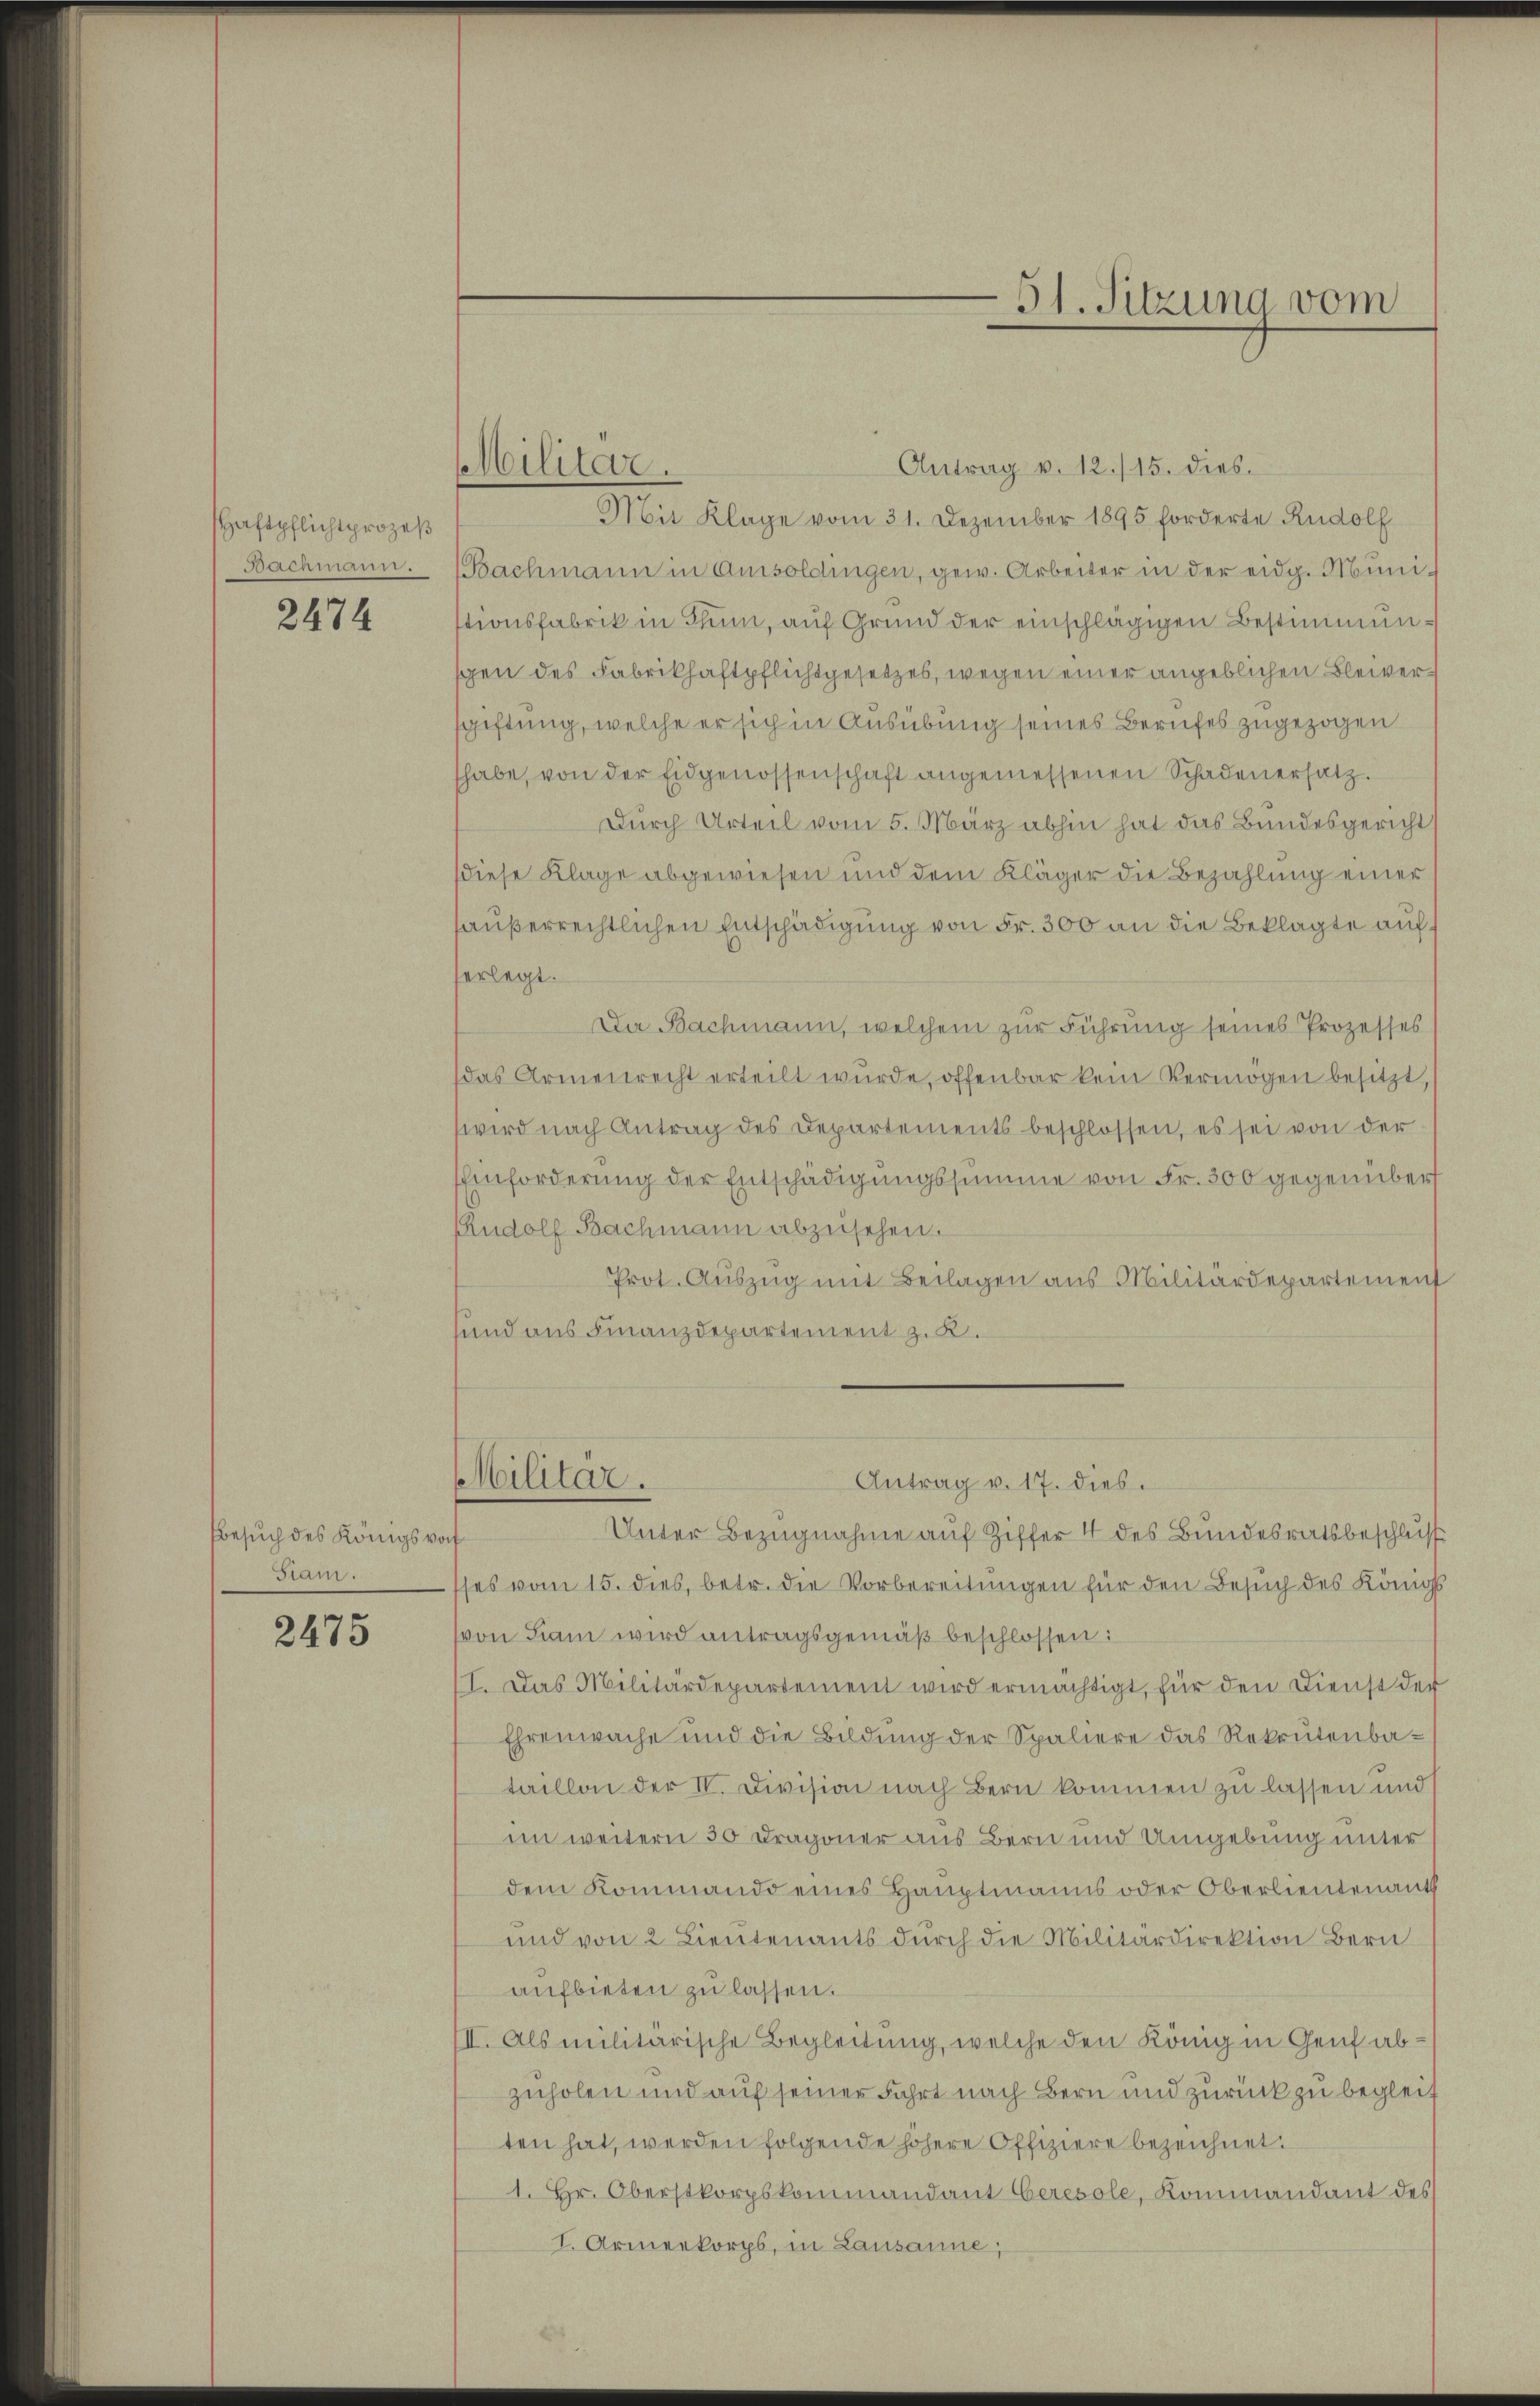
Haftpflicht prozeß
Bachmann.

2474

Besuch des Königs vor
Siam.

2475

Militär.

Antrag v. 12./15. dies.
Mit Klage vom 31. Dezember 1895 forderte Rudolf
Bachmann in Amisoldingen, gew. Arbeiter in der eidg. Munistionsfabrik in Thun, auf Grund der einschlägigen Bestimmungen des Fabrikhaftpflichtgesetzes, wegen einer angeblichen Bleiversgiftung, welche er sich in Ausübung seines Berufes zugezogen
habe, von der Eidgenossenschaft angemessenen Schadenersatz.
Dŭrch Urteil vom 5. März abhin hat das Bundesgericht
diese Klage abgewiesen und dem Kläger die Bezahlung einer
außerrechtlichen Entschädigung von Fr. 300 an die Beklagte auf
erlegt.
Da Bachmann, welchem zur Führung seines Prozesses
das Armenrecht erteilt wurde, offenbar kein Vermögen besitzt,
wird nach Antrag des Departements beschlossen, es sei von der
Einforderung der Entschädigungssumme von Fr. 300 gegenüber
Rudolf Bachmann abzŭsehen.
Prot. Auszug mit Beilagen aus Militärdepartement
und aus Finanzdepartement z. B.
Militär.
Antrag v. 17. dies.
Unter Bezugnahme auf Ziffer 4 des Bundesratsbeschluss
sses vom 15. dies, betr. die Vorbereitungen für den Besuch des Königl
von Liai wird antragsgemäß beschlossen:
I. Das Militärdepartement wird ermächtigt, für den Dienst der
Ehrenwache und die Bildung der Spaliere das Rekrutenbataillon der IV. Division nach Bern kommen zu lassen und s
im weitern 30 Dragoner aus Bern und Umgebung unter
dem Kommando eines Hauptmanns oder Oberlieutenant
und von 2 Lieutenants dŭrch die Militärdirektion Bern
aufbieten zu lassen.
II. Als militärische Begleitung, welche den König in Genf abzuholen und auf seiner Fahrt nach Bern und zurück zu begleit
ten hat, werden folgende höhere Offiziere bezeichnet.
1. Hr. Oberstkorpskommandant beresole, Kommandant des
I. Armeekorps, in Lausanne;

51. Sitzung vom